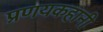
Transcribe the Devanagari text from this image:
प्रणयकहानी